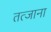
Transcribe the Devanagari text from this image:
तत्जाना